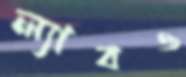
ল্যাবও